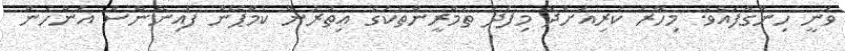
ވަނީ ހިންގާފައެވެ. މިހާރު ކުރިއަށްދާ މިފަދަ ތަމްރީންތަކުގެ އިތުރުން ކެމްޕޭން ފައިނޭންސް އަންހެން